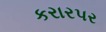
કરારપર